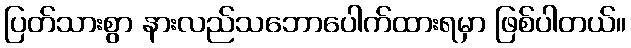
ပြတ်သားစွာ နားလည်သဘောပေါက်ထားရမှာ ဖြစ်ပါတယ်။